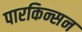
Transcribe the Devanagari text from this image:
पारकिन्सन